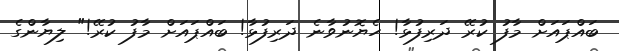
ބައްޕައަށް މާފު ކުރޭ ދަރިފުޅާ! ހެޔޮނުވާނެ ދަރިފުޅާ! ބައްޕައަށް މާފު ކުރޭ!" ލިޔާންގެ